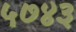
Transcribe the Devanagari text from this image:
५७४३